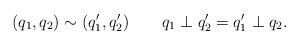
LaTeX: \begin{align*}(q_1,q_2)\sim(q_1',q_2')\ \ \ \ \ \ q_1\perp q_2'=q_1'\perp q_2.\end{align*}